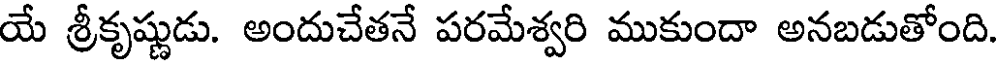
యే శ్రీకృష్ణుడు. అందుచేతనే పరమేశ్వరి ముకుందా అనబడుతోంది.